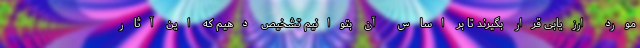
مورد ارزیابی قرار بگیرند تا بر اساس آن بتوانیم تشخیص دهیم که این آثار